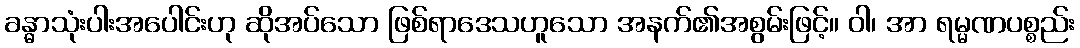
ခန္ဓာသုံးပါးအပေါင်းဟု ဆိုအပ်သော ဖြစ်ရာဒေသဟူသော အနက်၏အစွမ်းဖြင့်။ ဝါ၊ အာ ရမ္မဏပစ္စည်း